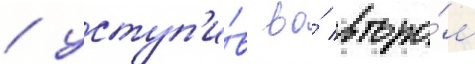
/ уступ'и́в во́ второ́м